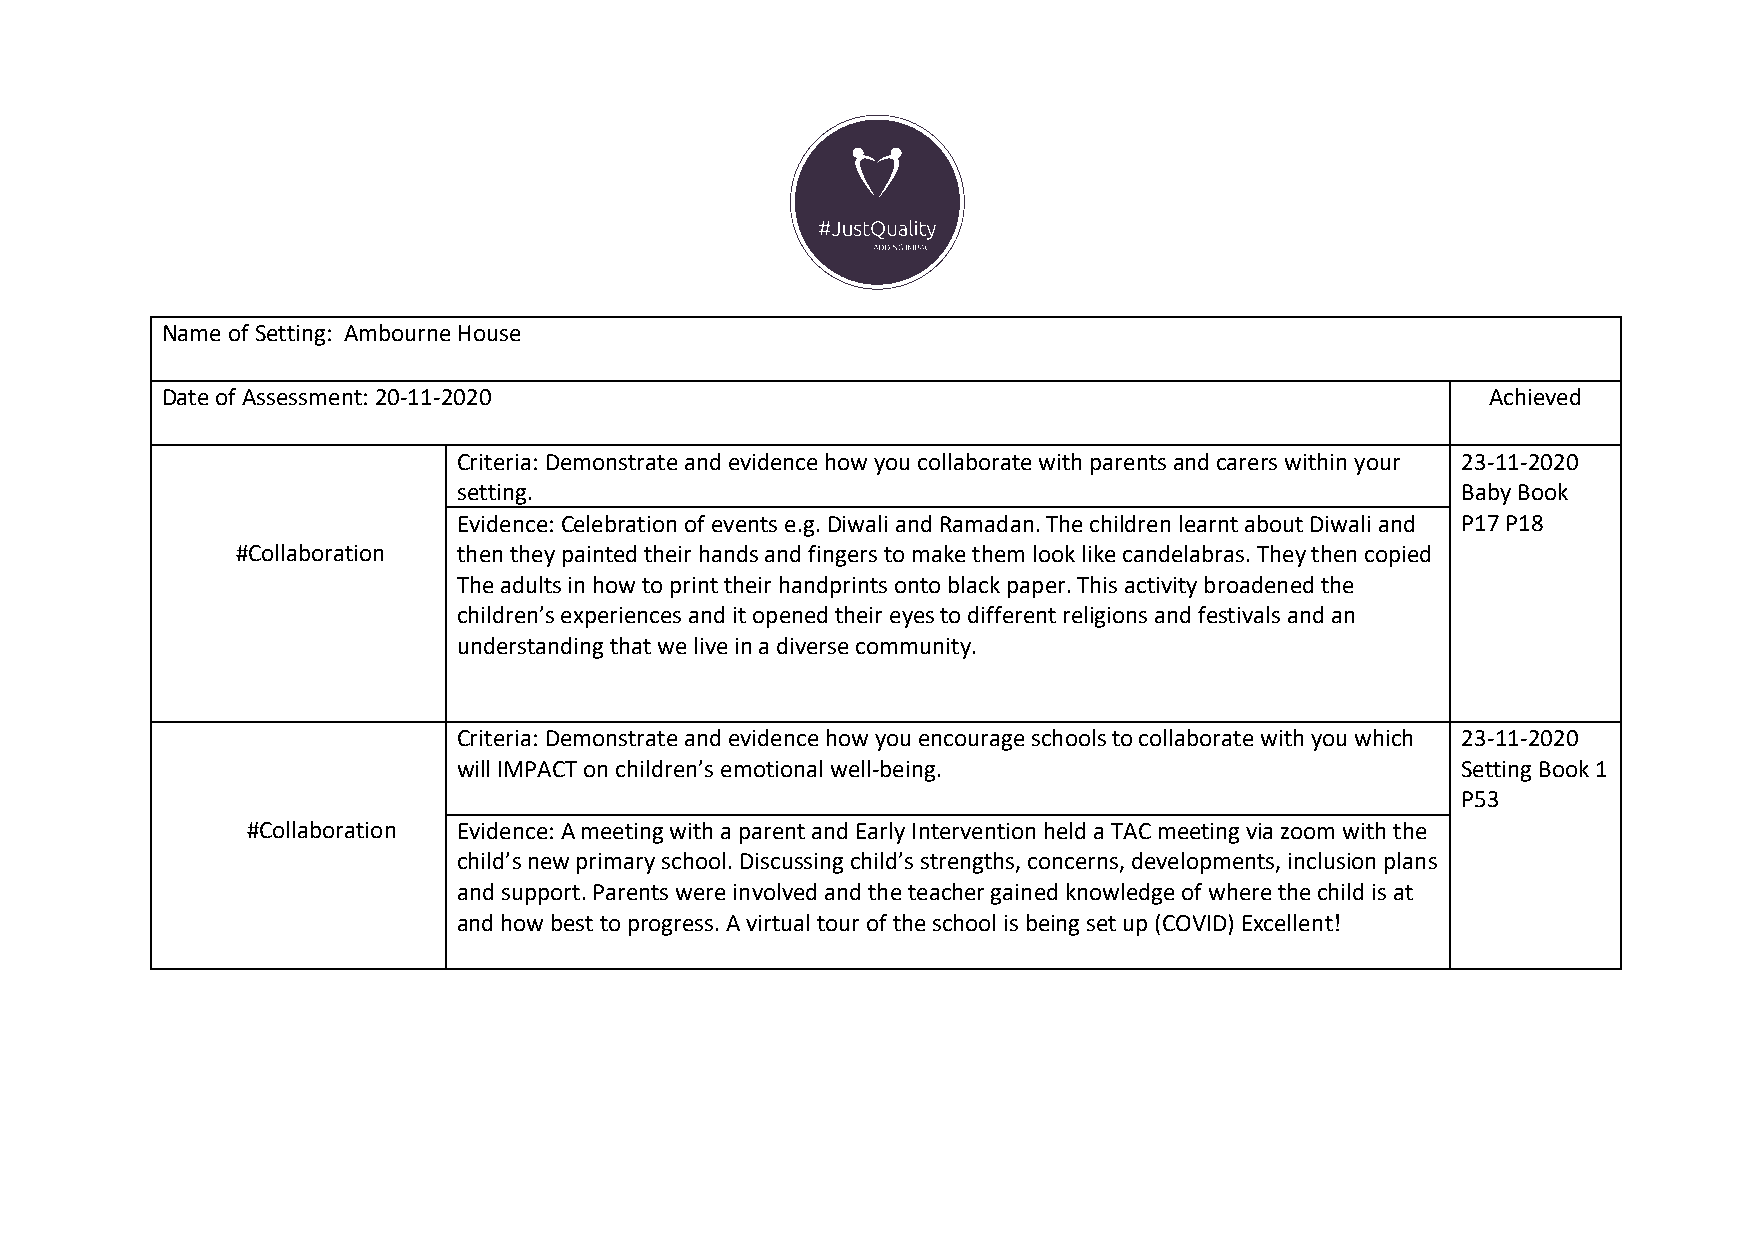
Name of Setting: Ambourne House
 Date of Assessment: 20-11-2020                                                          Achieved
 Criteria: Demonstrate and evidence how you collaborate with parents and carers within your 23-11-2020
 setting.                                                           Baby Book
 Evidence: Celebration of events e.g. Diwali and Ramadan. The children learnt about Diwali and P17 P18
 #Collaboration then they painted their hands and fingers to make them look like candelabras. They then copied
 The adults in how to print their handprints onto black paper. This activity broadened the
 children’s experiences and it opened their eyes to different religions and festivals and an
 understanding that we live in a diverse community.
 Criteria: Demonstrate and evidence how you encourage schools to collaborate with you which 23-11-2020
 will IMPACT on children’s emotional well-being.                    Setting Book 1
 P53
 #Collaboration Evidence: A meeting with a parent and Early Intervention held a TAC meeting via zoom with the
 child’s new primary school. Discussing child’s strengths, concerns, developments, inclusion plans
 and support. Parents were involved and the teacher gained knowledge of where the child is at
 and how best to progress. A virtual tour of the school is being set up (COVID) Excellent!